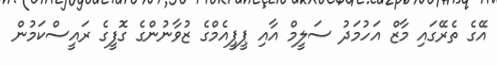
އޭގެ ތެރޭގައި މާޒް އަހުމަދު ސަލީމް އާއި ޕީޕީއެމްގެ ޒުވާނުންގެ ގޮފީގެ ރައީސްކަމުން